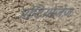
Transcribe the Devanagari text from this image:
प्रोटियोज़ेज़